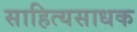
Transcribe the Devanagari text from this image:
साहित्यसाधक